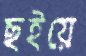
ছইয়ে